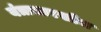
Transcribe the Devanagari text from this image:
यंत्रासारखीच